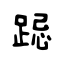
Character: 跽